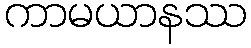
ကာမယာနဿ